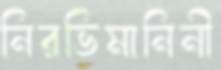
নিরভিমানিনী